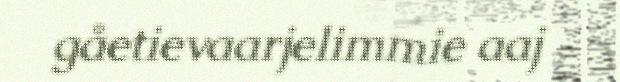
gåetievaarjelimmie aaj